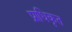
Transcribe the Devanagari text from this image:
प्राधिकृत